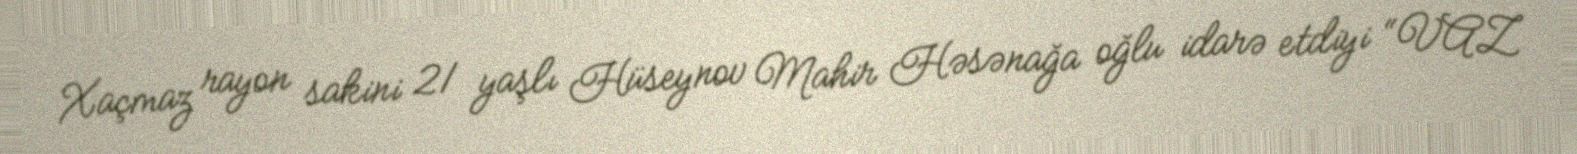
Xaçmaz rayon sakini 21 yaşlı Hüseynov Mahir Həsənağa oğlu idarə etdiyi “VAZ